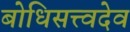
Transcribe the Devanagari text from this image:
बोधिसत्त्वदेव